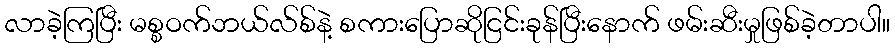
လာခဲ့ကြပြီး မစ္စဝက်ဘယ်လ်စ်နဲ့ စကားပြောဆိုငြင်းခုန်ပြီးနောက် ဖမ်းဆီးမှုဖြစ်ခဲ့တာပါ။